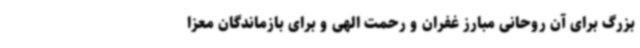
بزرگ برای آن روحانی مبارز غفران و رحمت الهی و برای بازماندگان معزا